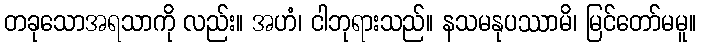
တခုသောအရသာကို လည်း။ အဟံ၊ ငါဘုရားသည်။ နသမနုပဿာမိ၊ မြင်တော်မမူ။